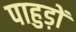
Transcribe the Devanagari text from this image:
पाहुड़ों